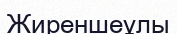
Жиреншеұлы